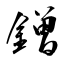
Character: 鏳